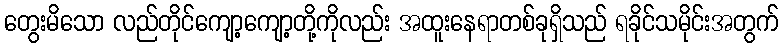
တွေးမိသော လည်တိုင်ကျော့ကျော့တို့ကိုလည်း အထူးနေရာတစ်ခုရှိသည် ရခိုင်သမိုင်းအတွက်